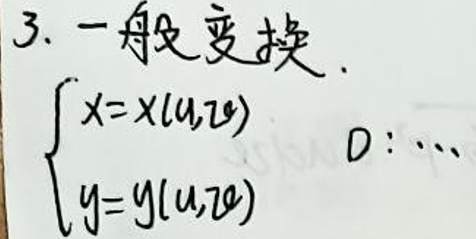
3. 一般变换.
\[
\begin{cases}
x = x(u, v) \\
y = y(u, v)
\end{cases}
\]